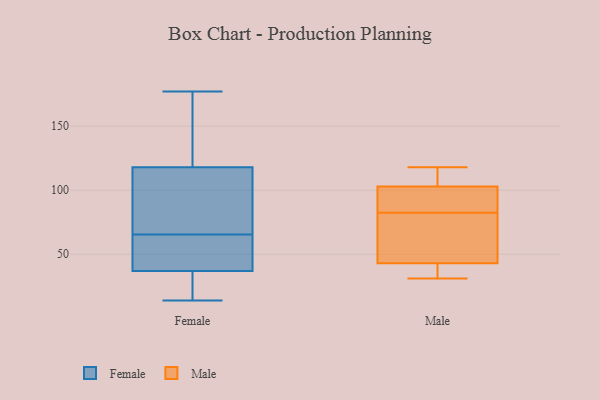
{"axis": {"x": "Backlog", "y": "Value"}, "legend": ["Female", "Male"], "data": [{"x": "", "y": 63, "type": "Female"}, {"x": "", "y": 177, "type": "Female"}, {"x": "", "y": 156, "type": "Female"}, {"x": "", "y": 58, "type": "Female"}, {"x": "", "y": 68, "type": "Female"}, {"x": "", "y": 14, "type": "Female"}, {"x": "", "y": 118, "type": "Female"}, {"x": "", "y": 31, "type": "Female"}, {"x": "", "y": 78, "type": "Female"}, {"x": "", "y": 37, "type": "Female"}, {"x": "", "y": 53, "type": "Male"}, {"x": "", "y": 118, "type": "Male"}, {"x": "", "y": 31, "type": "Male"}, {"x": "", "y": 33, "type": "Male"}, {"x": "", "y": 104, "type": "Male"}, {"x": "", "y": 88, "type": "Male"}, {"x": "", "y": 116, "type": "Male"}, {"x": "", "y": 77, "type": "Male"}, {"x": "", "y": 99, "type": "Male"}, {"x": "", "y": 67, "type": "Male"}, {"x": "", "y": 31, "type": "Male"}, {"x": "", "y": 102, "type": "Male"}]}